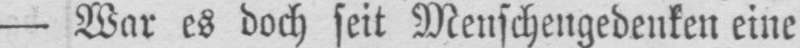
- War es doch seit Menschengedenken eine